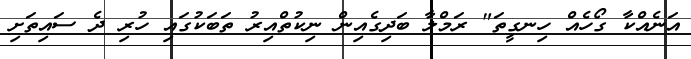
އަނެއްކާ ގޯހެއް ހިނގީތަ" ރަމްލާ ބަދިގެއިން ނިކުތްއިރު ތަބަކުގައި ހުރި ދެ ސައިތަށި